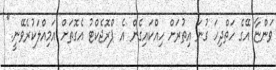
ވަންޏާ އޭގެ ހަތްދިހަ ގުނަ އިތުރަށް ހިއްކައިގެން އެ ޕްރޮޖެކްޓު އެގޮތަށް އަމިއްލަކުރެވޭނީ."